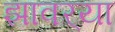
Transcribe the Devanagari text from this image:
झावर्‍या